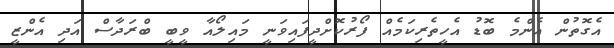
އެގޮތުން އެންމެ ބޮޑު އެހީތެރިކަމެއް ފޯރުކޮށްދީފައިވަނީ މައިލޯއާ ވީބީ ބްރަދާސް އަދި އެންޒީ